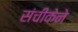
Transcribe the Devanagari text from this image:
संचीकेने